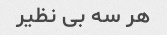
هر سه بی نظیر